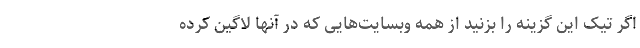
اگر تیک این گزینه را بزنید از همه وبسایت‌هایی که در آنها لاگین کرده